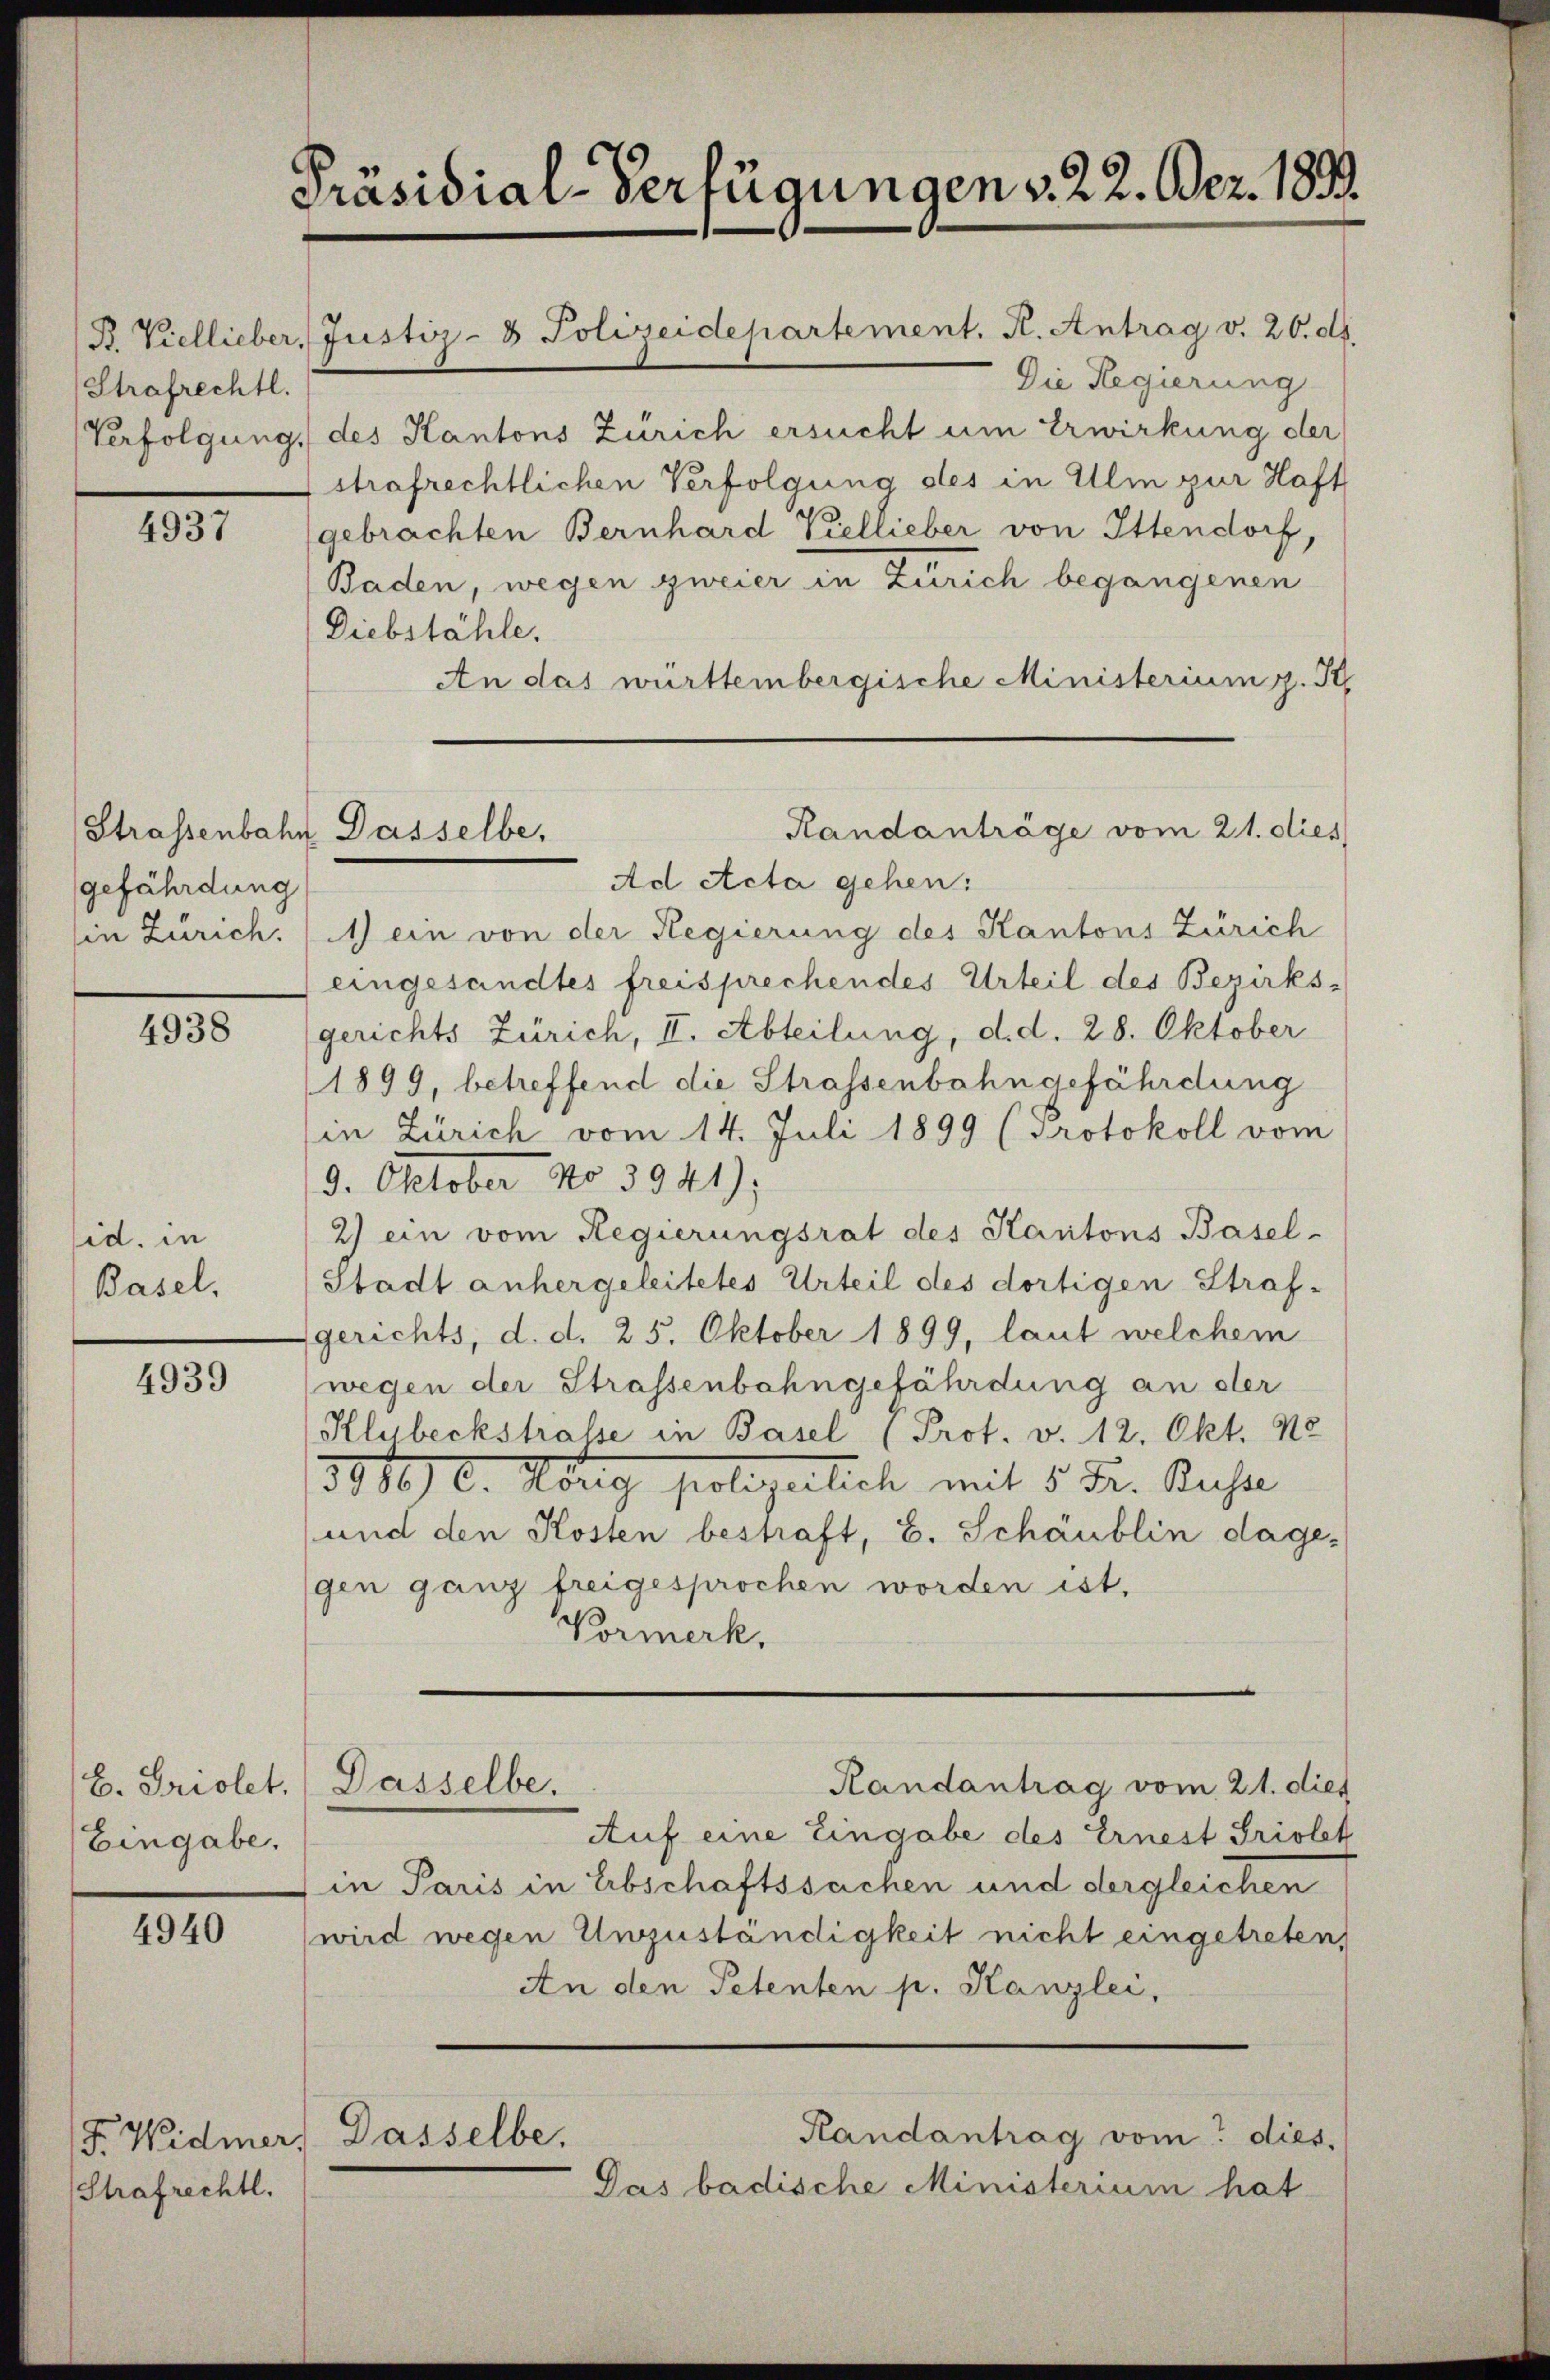
B. Viellieber,
Strafrechtl.
Verfolgung.

4937

gefährdung

4938

id. in
Basel,

4939

E. Griolet.
Eingabe.

4940

F. Widmer,
(Strafrechtl.

Präsidial-Verfügungen v. 22. Dez. 1899

Strassenbahr Dasselbe,

Justiz- & Polizeidepartement. A. Antrag v. 20. d.
Die Regierung
des Kantons Zürich ersucht um Erwirkung der
strafrechtlichen Verfolgung des in Ulm zur Haft
(gebrachten Bernhard Viellieber von Ittendorf,
Baden, wegen zweier in Zürich begangenen
Diebstähle.
An das württembergische Ministerium z. B.
Ad Acta gehen:
sin Zürich. (1) ein von der Regierung des Kantons Zürich
eingesandtes freisprechendes Urteil des Bezirks-
(gerichts Zürich, II. Abteilung, d. d. 28. Oktober
1899, betreffend die Strassenbahngefährdung
in Zürich vom 14. Juli 1899 (Protokoll vom
3. Oktober No 3941);
2) ein vom Regierungsrat des Kantons Basel-
Stadt anhergeleitetes Urteil des dortigen Straf-
(gerichts, d. d. 25. Oktober 1899, laut welchem
wegen der Strassenbahngefährdung an der
Klubeckstrasse in Basel (Prot. v. 12. Okt. Ne
3868) C. Hörig polizeilich mit 5 Fr. Buchse
und den Kosten bestraft, b. Schäublin dage-
gen ganz freigesprochen worden ist,
Vormerk.
Randantrag vom 21. dies
Dasselbe.
Auf eine Eingabe des Ernest Triolet
in Paris in Erbschaftssachen und dergleichen
wird wegen Unzuständigkeit nicht eingetreten,
An den Petenten p. Kanzlei,
Handantrag vom dies,
Dasselbe.

Randanträge vom 21. dies

Das badische Ministerium hat